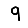
Digit: 9